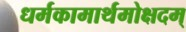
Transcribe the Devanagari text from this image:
धर्मकामार्थमोक्षदम्